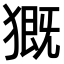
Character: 𤡚